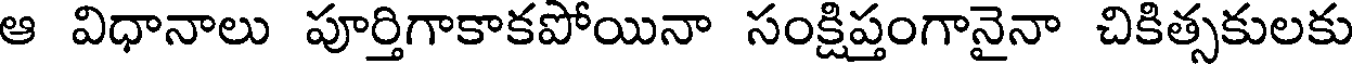
ఆ విధానాలు పూర్తిగాకాకపోయినా సంక్షిప్తంగానైనా చికిత్సకులకు